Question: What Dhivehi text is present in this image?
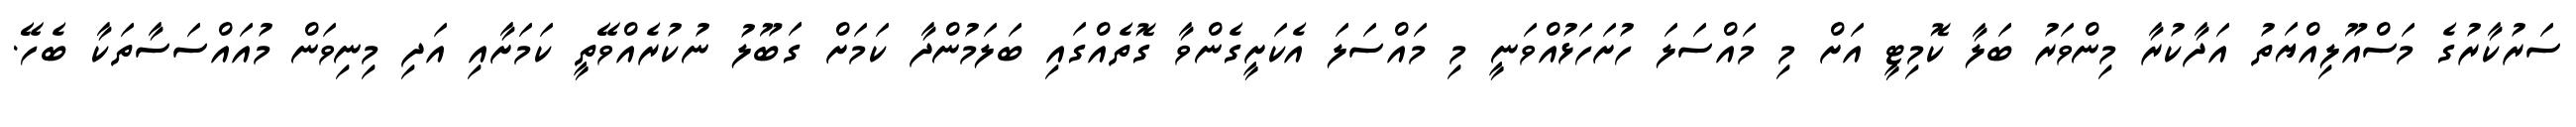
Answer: ސަރުކާރުގެ މަސްއޫލިއްޔަތު އަދާކުރާ މިންވަރު ބަލާ ކޮމިޓީ އަށް މި މައްސަލަ ހުށަހަޅުއްވަނީ މި މައްސަލަ އެކަށީގެންވާ ގޮތެއްގައި ބަލަމުންދާ ކަމަށް ގަބޫލު ނުކުރެއްވޭތީ ކަމަށާއި އަދި މިނިވަން މުއައްސަސާތަކާ ބެހޭ.